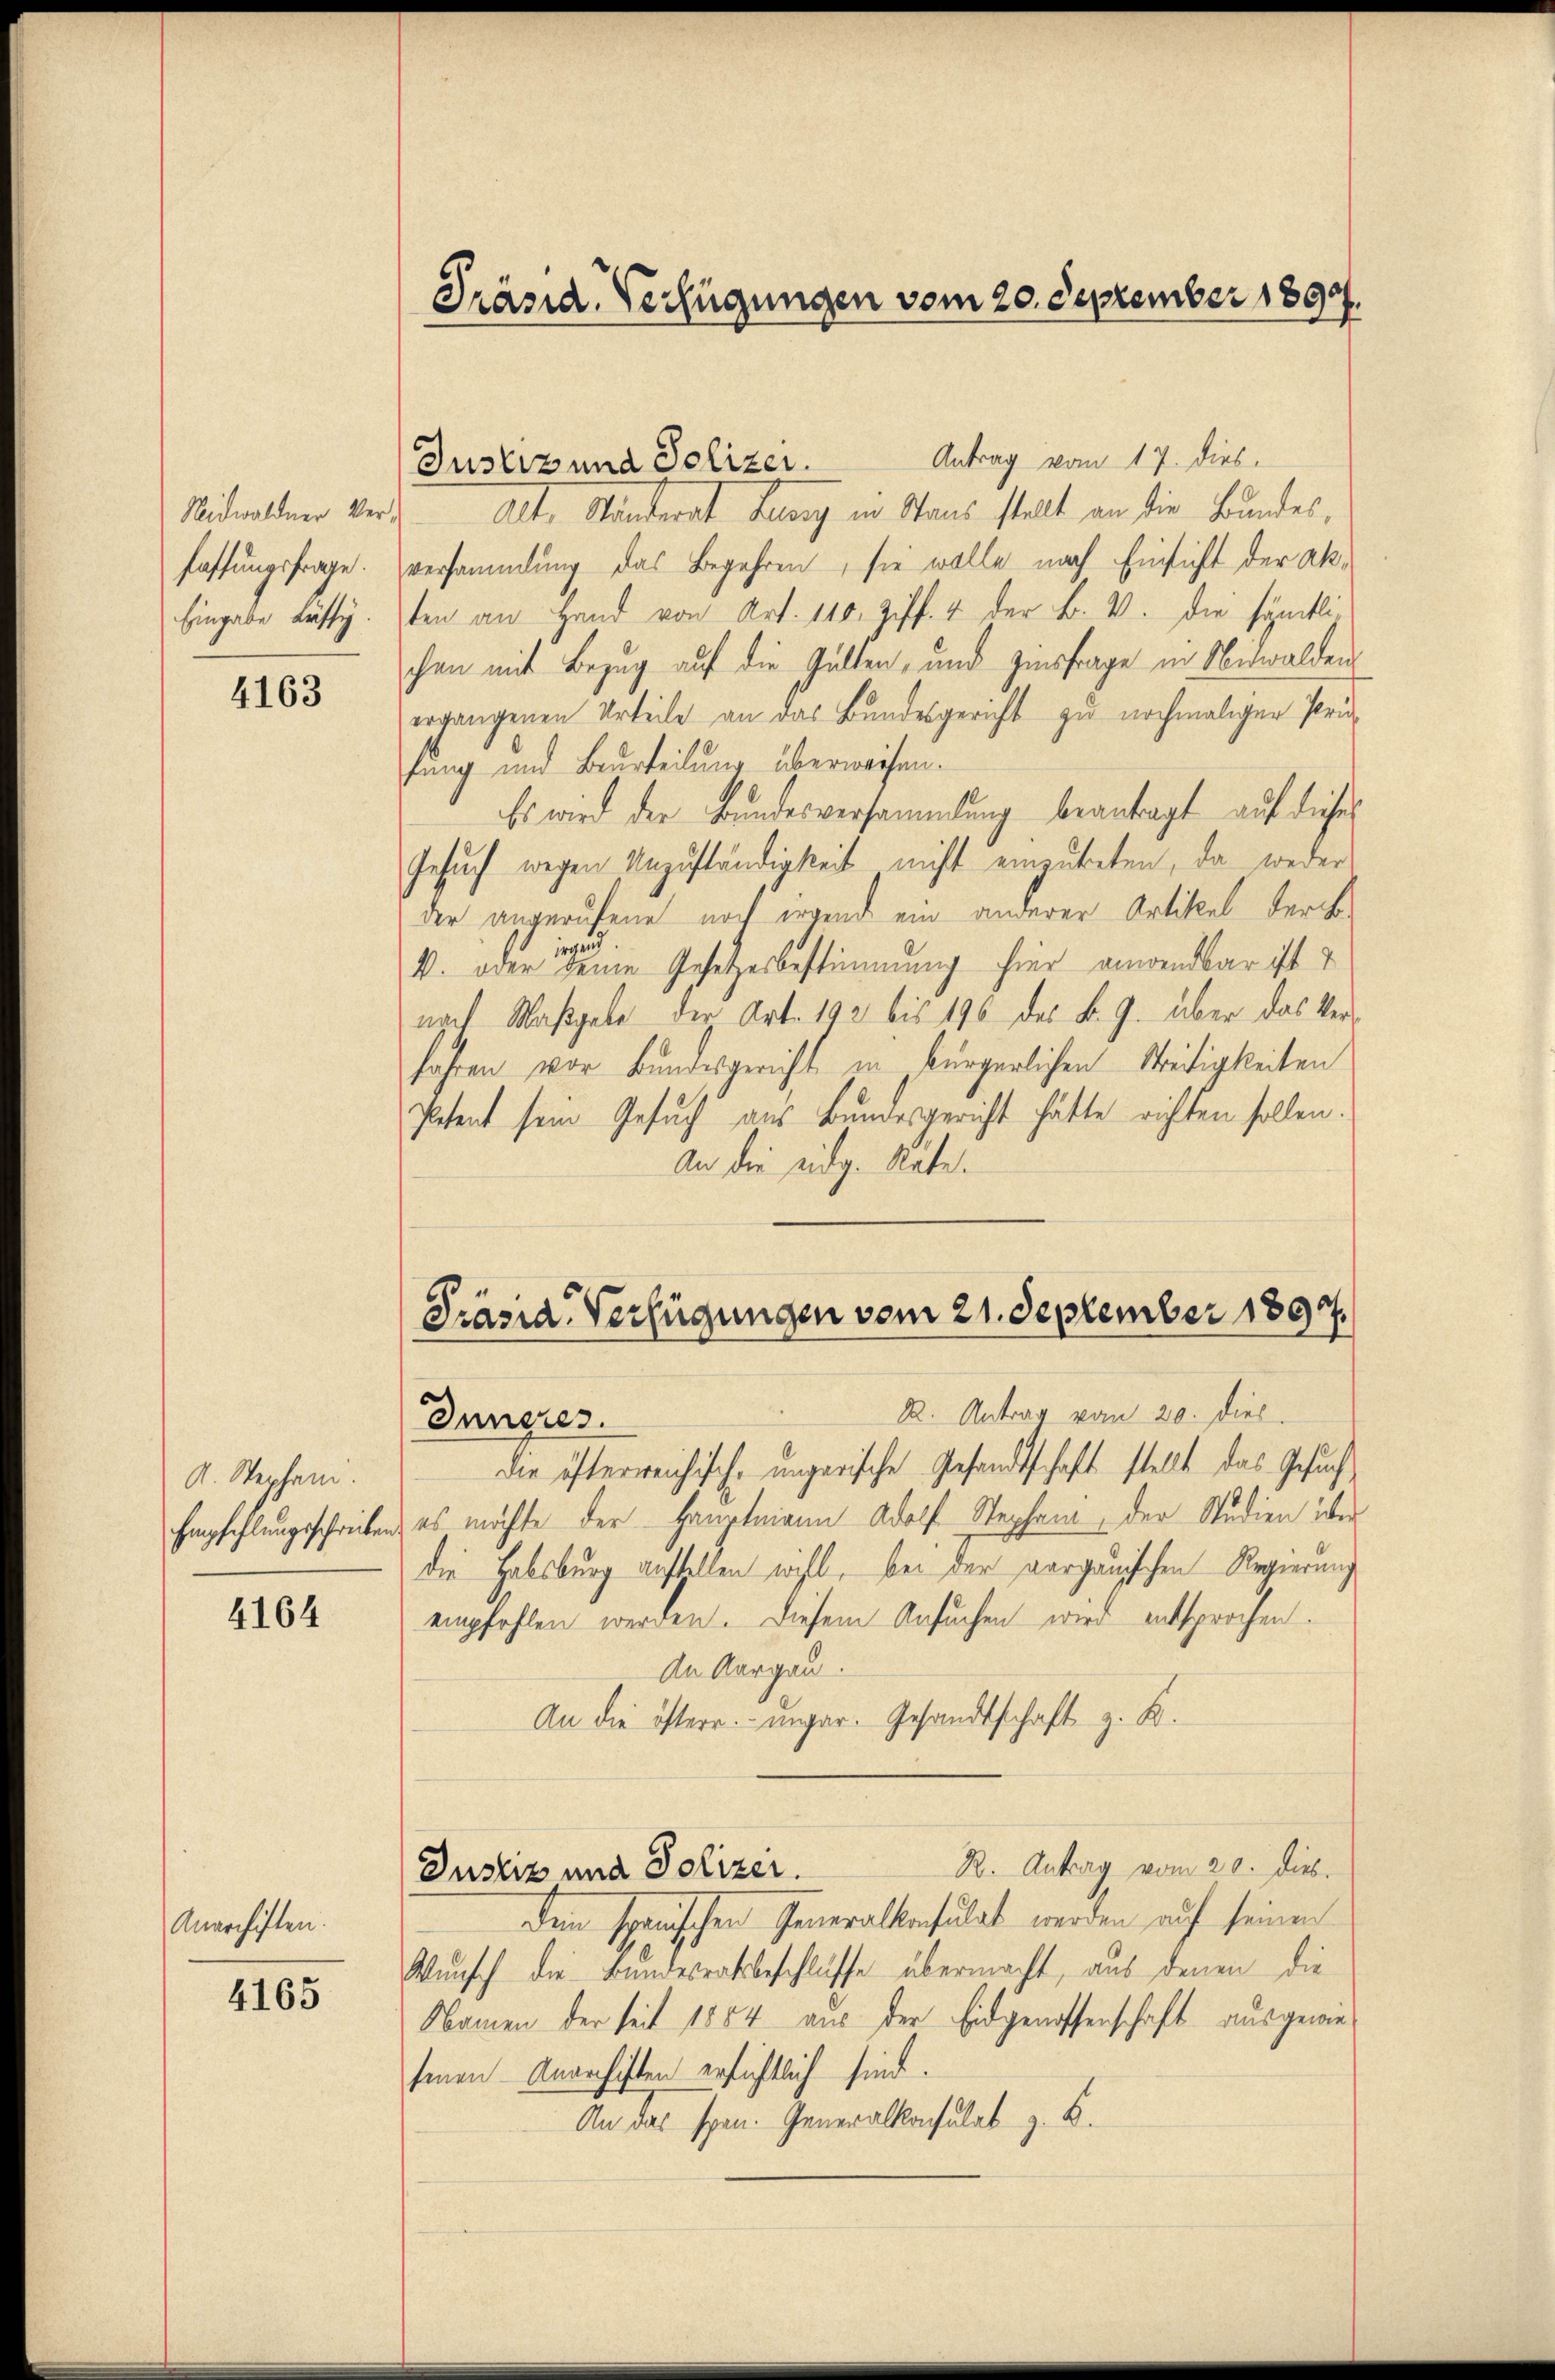
fassungsfrage.
Eingabe lästig.

4163

A. Wephan.
Empfehlungsschreiben

4164

Anarchiften.
4165

Präsid. Verfügungen vom 20. Dezember 1890.

Antrag vom 17. dies
Justiz und Polizei.
Nidwaldner vor Alt, Standerat Burg in Staus stellt an die Bundes,
versammlung das Begehren, sie wolle nach Einsicht der Akten an Hand von Art. 110. Ziff. 4 der B. V. die sämtlichen mit Bezug auf die Gülten, und Zinsfrage in Nidwalden
ergangenen Urteile an das Bundesgericht zu nochmaliger Prü-
fung und Beurteilung überweisen.
Es wird der Bundesversammlung beantragt auf dieses
Gesuch wegen Unzuständigkeit nicht einzutreten, da weder
der angerufene noch irgend ein anderer Artikel ders
V. oder ein Gesetzesbestimmung hier anwendbar ist
nach Maßgabe der Art. 192 bis 196 des K. G. über das Verfahren vor Bundesgericht in bürgerlichen Streitigkeiten
Petent sein Gesuch aus Bundesgericht hätte richten sollen.
An die eidg. Räte.

Präsia-Verfügungen vom 21. September 1894.
R. Antrag vom 20. dies
Inneres.

die öfterreichisch-ungarische Gesandtschaft stellt das Gesuch
es möchte der Hauptmann Adolf Stephan, der Studien über
die Habsburg anstellen will, bei der aargauischen Regierung
empfehlen werden. Diesem Ansuchen wird entsprochen.
An Aargau.
An die österr. ungar. Gesandtschaft z. B.
R. Antrag vom 20. Dieb.
Justiz und Polizei.
dem spanischen Generalkonsulat werden auf seinen
Wunsch die Bundesratsbeschlüsse übermacht, aus denen die
Namen der seit 1854 aus der Eidgenossenschaft ausgewiesenen Anarchisten ersichtlich sind.
An das spen. Generalkonsulat z. B.